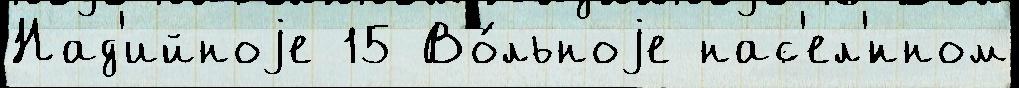
Над'ийноjе 15 Во́льноjе нас'ел'́нном